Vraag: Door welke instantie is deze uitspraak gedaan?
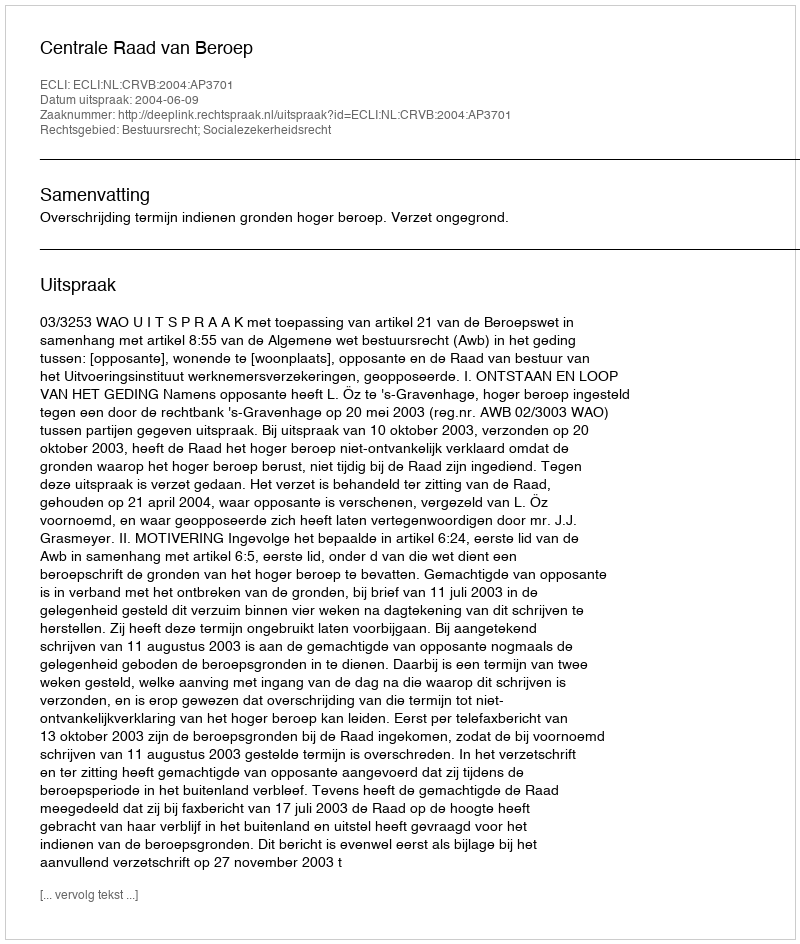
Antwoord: Centrale Raad van Beroep